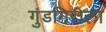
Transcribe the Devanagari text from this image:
गुंडगिरीला